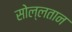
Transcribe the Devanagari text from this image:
सोल्लतान